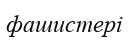
фашистері